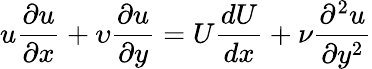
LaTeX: u{\frac{\partial u}{\partial x}}+\upsilon{\frac{\partial u}{\partial y}}=U{\frac{dU}{dx}}+{\nu}{\frac{\partial^{2}u}{\partial y^{2}}}